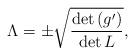
LaTeX: \begin{align*}\Lambda = \pm \sqrt{ \frac{\det \left(g' \right)}{\det L}} ,\end{align*}